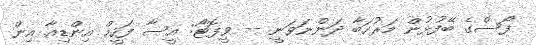
ފޯސްގެ ބޭފުޅުން މަރުހަބާ ދަންނަވަނީ -- ވީފޮޓޯ: އީސާ ފަހީމް އިންޑިއާ އިން